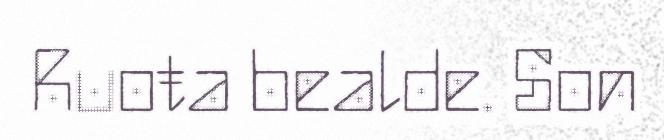
Ruoŧa bealde. Son